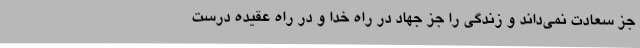
جز سعادت نمی‌داند و زندگی را جز جهاد در راه خدا و در راه عقیده درست